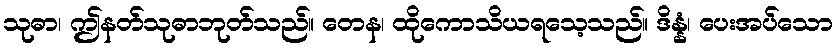
သုဓာ၊ ဤနတ်သုဓာဘုတ်သည်။ တေန၊ ထိုကောသိယရသေ့သည်။ ဒိန္နံ၊ ပေးအပ်သော